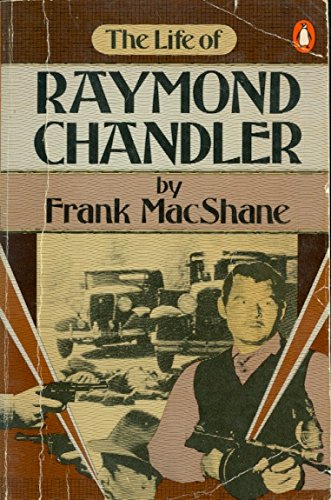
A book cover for The Life of Raymond Chandler; Frank MacShane; Mystery, Thriller & Suspense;